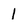
Character: 1